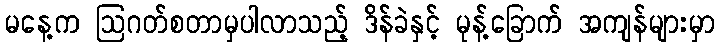
မနေ့က ဩဂတ်စတာမှပါလာသည့် ဒိန်ခဲနှင့် မုန့်ခြောက် အကျန်များမှာ